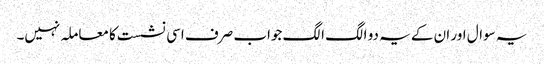
یہ سوال اور ان کے یہ دو الگ الگ جواب صرف اسی نشست کا معاملہ نہیں۔